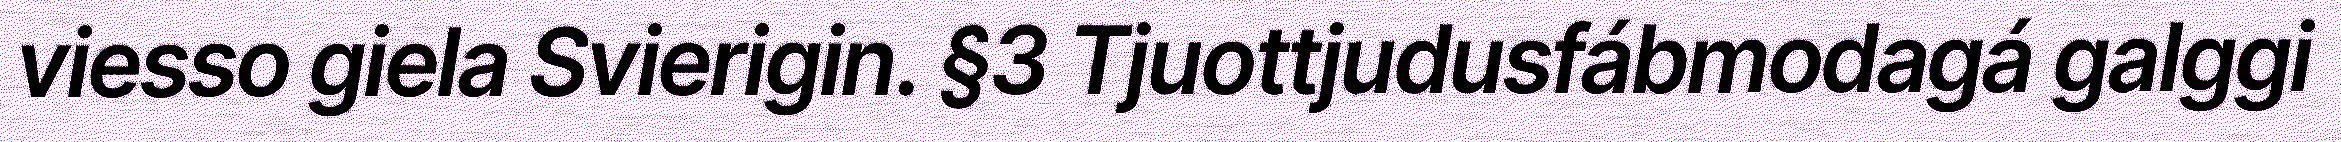
viesso giela Svierigin. §3 Tjuottjudusfábmodagá galggi